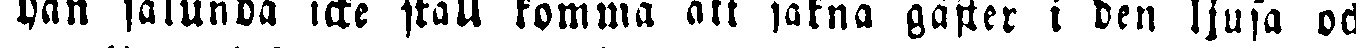
han sålunda icke skall komma att sakna gäster i den ljusa och